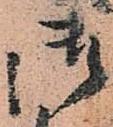
御